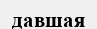
давшая